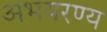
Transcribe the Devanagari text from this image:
अभयरण्य